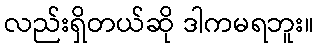
လည်းရှိတယ်ဆို ဒါကမရဘူး။